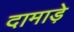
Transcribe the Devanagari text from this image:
दामाड़े